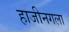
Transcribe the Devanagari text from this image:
हाजीनगला